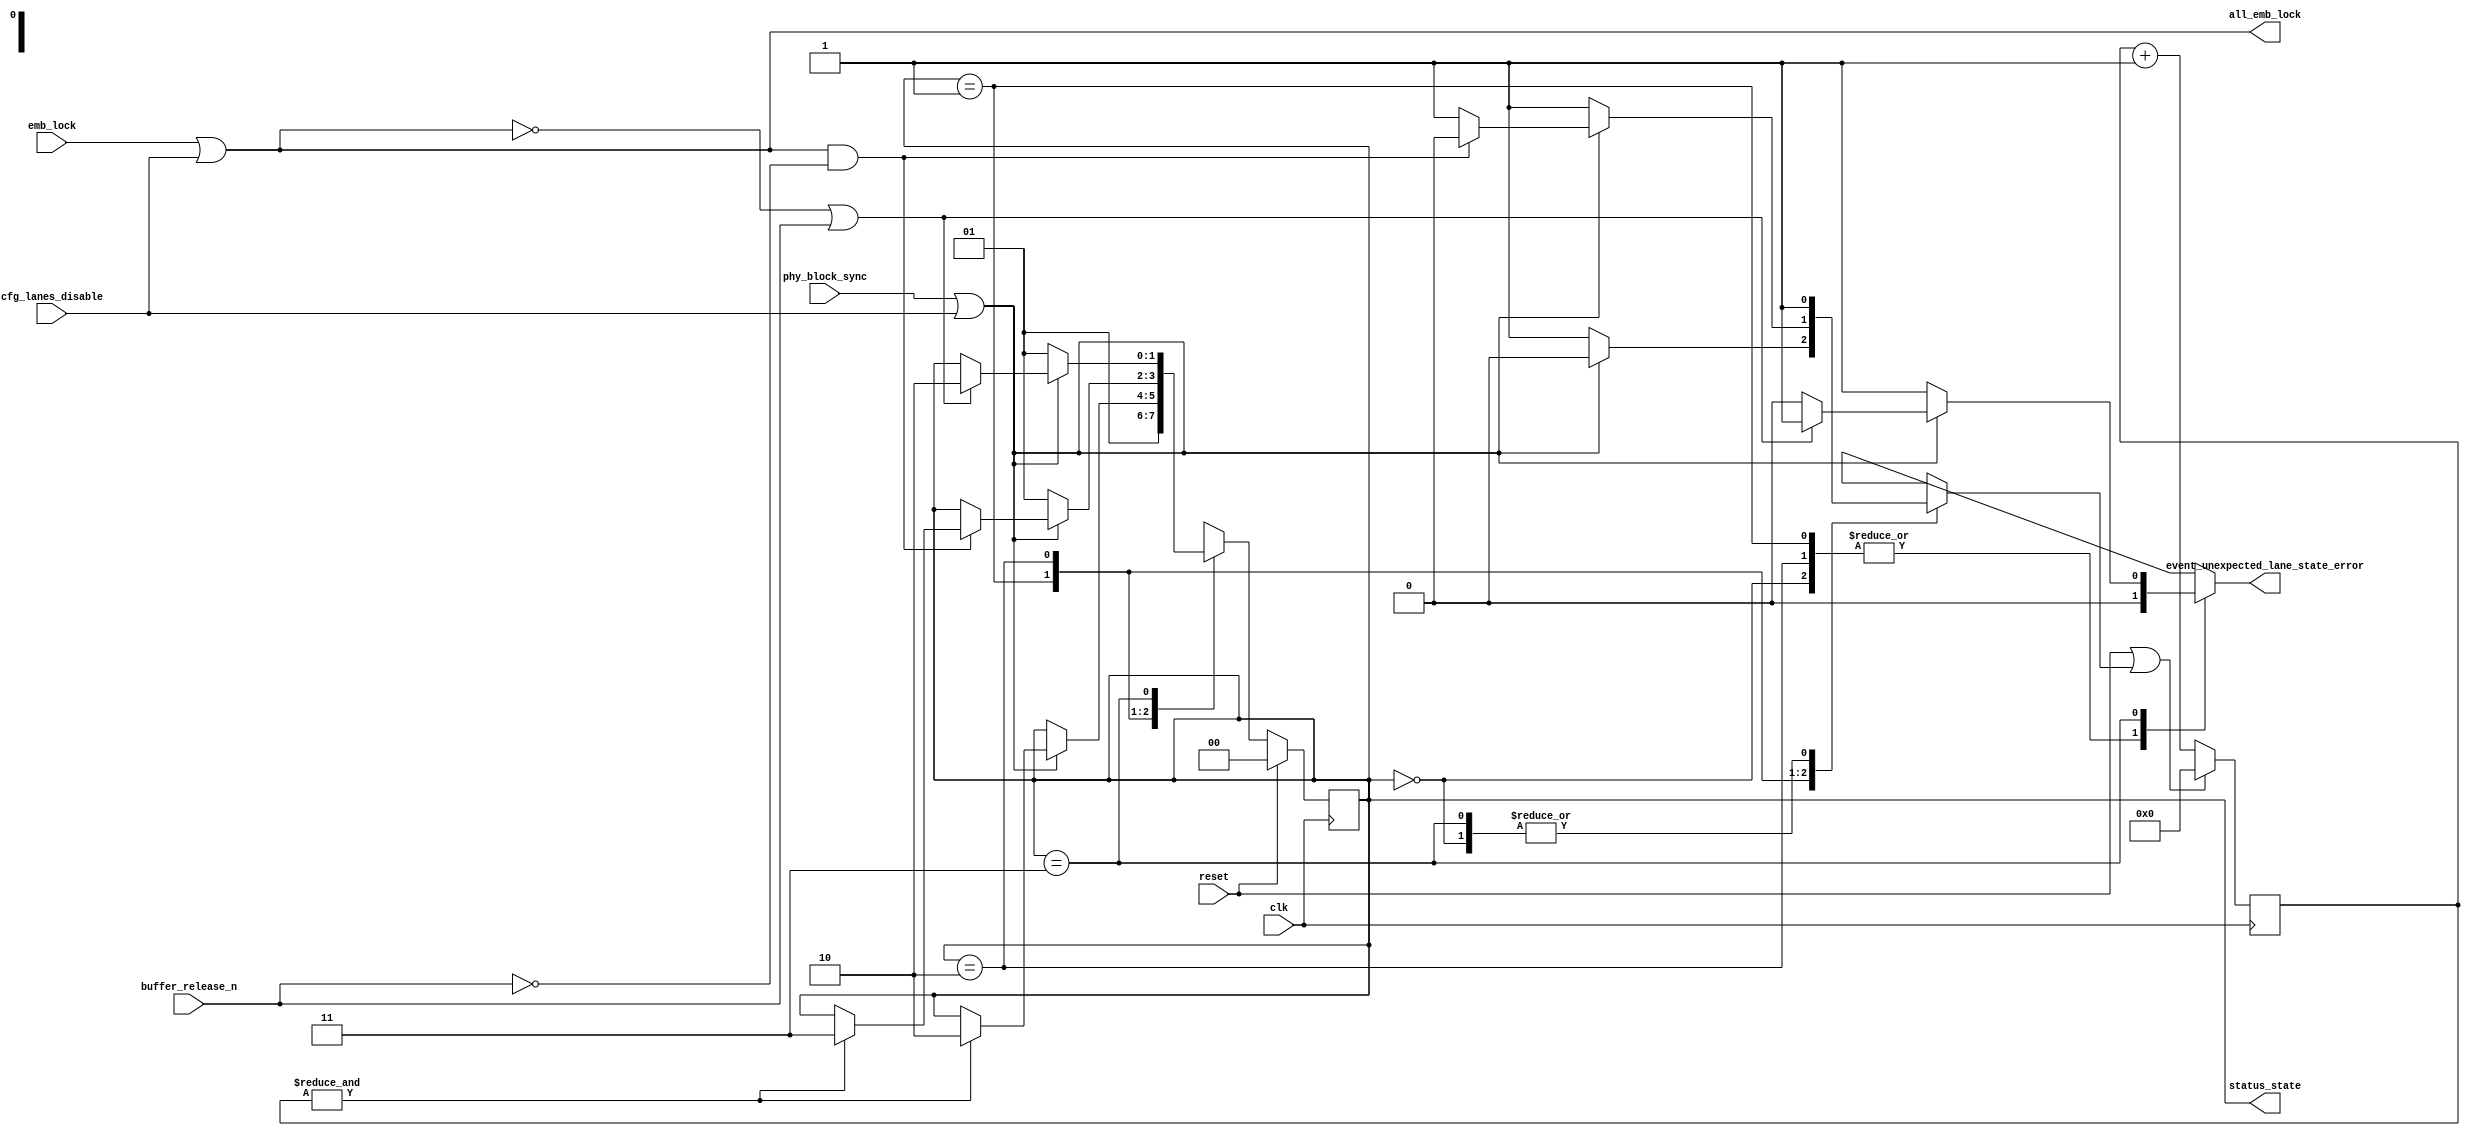
//
// The ADI JESD204 Core is released under the following license, which is
// different than all other HDL cores in this repository.
//
// Please read this, and understand the freedoms and responsibilities you have
// by using this source code/core.
//
// The JESD204 HDL, is copyright  2016-2017 Analog Devices Inc.
//
// This core is free software, you can use run, copy, study, change, ask
// questions about and improve this core. Distribution of source, or resulting
// binaries (including those inside an FPGA or ASIC) require you to release the
// source of the entire project (excluding the system libraries provide by the
// tools/compiler/FPGA vendor). These are the terms of the GNU General Public
// License version 2 as published by the Free Software Foundation.
//
// This core  is distributed in the hope that it will be useful, but WITHOUT ANY
// WARRANTY; without even the implied warranty of MERCHANTABILITY or FITNESS FOR
// A PARTICULAR PURPOSE. See the GNU General Public License for more details.
//
// You should have received a copy of the GNU General Public License version 2
// along with this source code, and binary.  If not, see
// <http://www.gnu.org/licenses/>.
//
// Commercial licenses (with commercial support) of this JESD204 core are also
// available under terms different than the General Public License. (e.g. they
// do not require you to accompany any image (FPGA or ASIC) using the JESD204
// core with any corresponding source code.) For these alternate terms you must
// purchase a license from Analog Devices Technology Licensing Office. Users
// interested in such a license should contact jesd204-licensing@analog.com for
// more information. This commercial license is sub-licensable (if you purchase
// chips from Analog Devices, incorporate them into your PCB level product, and
// purchase a JESD204 license, end users of your product will also have a
// license to use this core in a commercial setting without releasing their
// source code).
//
// In addition, we kindly ask you to acknowledge ADI in any program, application
// or publication in which you use this JESD204 HDL core. (You are not required
// to do so; it is up to your common sense to decide whether you want to comply
// with this request or not.) For general publications, we suggest referencing :
// The design and implementation of the JESD204 HDL Core used in this project
// is copyright  2016-2017, Analog Devices, Inc.
//

`timescale 1ns/100ps

module jesd204_rx_ctrl_64b #(
  parameter NUM_LANES = 1
) (
  input clk,
  input reset,

  input [NUM_LANES-1:0] cfg_lanes_disable,

  input [NUM_LANES-1:0] phy_block_sync,

  input [NUM_LANES-1:0] emb_lock,

  output all_emb_lock,
  input buffer_release_n,

  output [1:0] status_state,
  output reg event_unexpected_lane_state_error
);


localparam STATE_RESET = 2'b00;
localparam STATE_WAIT_BS = 2'b01;
localparam STATE_BLOCK_SYNC = 2'b10;
localparam STATE_DATA = 2'b11;

reg [1:0] state = STATE_RESET;
reg [1:0] next_state;
reg [5:0] good_cnt;
reg rst_good_cnt;

wire [NUM_LANES-1:0] phy_block_sync_masked;
wire [NUM_LANES-1:0] emb_lock_masked;
wire all_block_sync;

assign phy_block_sync_masked = phy_block_sync | cfg_lanes_disable;
assign emb_lock_masked = emb_lock | cfg_lanes_disable;

assign all_block_sync = &phy_block_sync_masked;
assign all_emb_lock = &emb_lock_masked;

always @(*) begin
  next_state = state;
  rst_good_cnt = 1'b1;
  event_unexpected_lane_state_error = 1'b0;
  case (state)
    STATE_RESET:
      next_state = STATE_WAIT_BS;
    STATE_WAIT_BS:
      if (all_block_sync) begin
        rst_good_cnt = 1'b0;
        if (&good_cnt) begin
          next_state = STATE_BLOCK_SYNC;
        end
      end
    STATE_BLOCK_SYNC:
      if (~all_block_sync) begin
        next_state = STATE_WAIT_BS;
      end else if (all_emb_lock & ~buffer_release_n) begin
        rst_good_cnt = 1'b0;
        if (&good_cnt) begin
          next_state = STATE_DATA;
        end
      end
    STATE_DATA:
      if (~all_block_sync) begin
        next_state = STATE_WAIT_BS;
        event_unexpected_lane_state_error = 1'b1;
      end else if (~all_emb_lock | buffer_release_n) begin
        next_state = STATE_BLOCK_SYNC;
        event_unexpected_lane_state_error = 1'b1;
      end
  endcase
end

// Wait n consecutive valid cycles before jumping into next state
always @(posedge clk) begin
  if (reset || rst_good_cnt) begin
    good_cnt <= 'h0;
  end else begin
    good_cnt <= good_cnt + 1;
  end
end

always @(posedge clk) begin
  if (reset == 1'b1) begin
    state <= STATE_RESET;
  end else begin
    state <= next_state;
  end
end

assign status_state = state;

endmodule